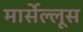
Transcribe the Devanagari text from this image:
मार्सेल्लूस